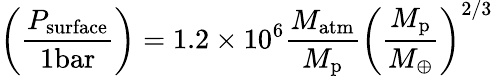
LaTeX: \left(\frac{P_{\mathrm{surface}}}{1\mathrm{bar}}\right)=1.2\times 10^{6}\frac{M_{\mathrm{atm}}}{M_{\mathrm{p}}}\left(\frac{M_{\mathrm{p}}}{M_{\oplus}}\right)^{2/3}